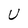
Character: U